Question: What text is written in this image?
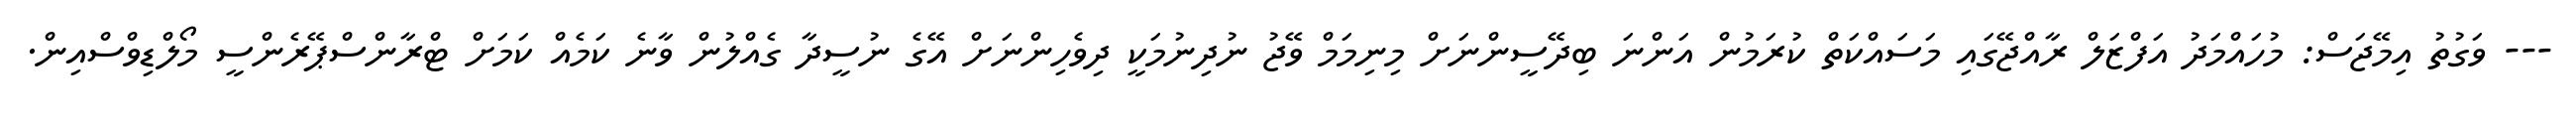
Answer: --- ވަގުތު އިމޭޖަސް: މުހައްމަދު އަފްޒަލް ރާއްޖޭގައި މަސައްކަތް ކުރަމުން އަންނަ ބިދޭސީންނަށް މިނިމަމް ވޭޖު ނުދިނުމަކީ ދިވެހިންނަށް އޭގެ ނުސީދާ ގެއްލުން ވާނެ ކަމެއް ކަމަށް ޓްރާންސްޕޭރެންސީ މޯލްޑިވްސްއިން.